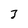
Character: 3